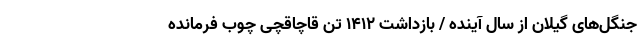
جنگل‌های گیلان از سال آینده / بازداشت ۱۴۱۲ تن قاچاقچی چوب فرمانده